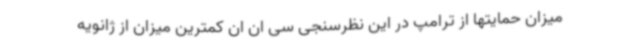
میزان حمایتها از ترامپ در این نظرسنجی سی ان ان کمترین میزان از ژانویه